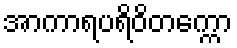
အာကာရပရိဝိတက္ကော